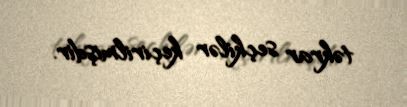
təkrar seçkilər keçirilmişdir.